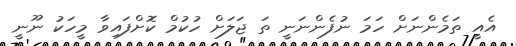
އެއީ ތަމެންނަށް ހަމަ ނުފެންނަނީ ތަ ޖަލަށް ހުކުމް ކޮށްފައިވާ މީހަކު ނޫނީ